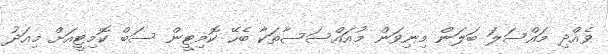
ވެއްދި މައްސަލަ ބަލަން މިނިވަން މުއައްސަސާތަކާ ބެހޭ ކޮމިޓީން ސަބް ކޮމިޓީއަށް މިއަދު